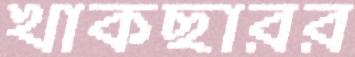
খাকছারর